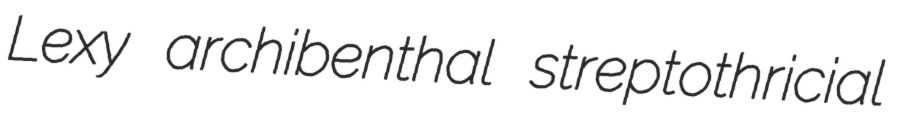
Lexy archibenthal streptothricial